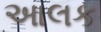
આલક